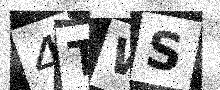
Text: 4TWS